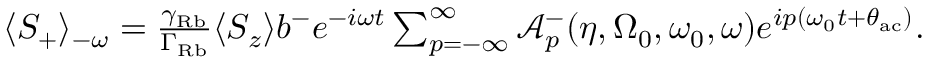
\begin{array} { r } { \langle S _ { + } \rangle _ { - \omega } = \frac { \gamma _ { \mathrm { R b } } } { \Gamma _ { \mathrm { R b } } } \langle S _ { z } \rangle b ^ { - } e ^ { - i \omega t } \sum _ { p = - \infty } ^ { \infty } \mathcal { A } _ { p } ^ { - } ( \eta , \Omega _ { 0 } , \omega _ { 0 } , \omega ) e ^ { i p ( \omega _ { 0 } t + \theta _ { \mathrm { a c } } ) } . } \end{array}